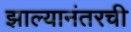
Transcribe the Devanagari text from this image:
झाल्यानंतरची